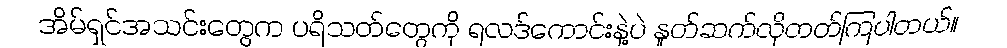
အိမ်ရှင်အသင်းတွေက ပရိသတ်တွေကို ရလဒ်ကောင်းနဲ့ပဲ နှုတ်ဆက်လိုတတ်ကြပါတယ်။